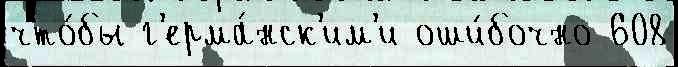
что́бы г'ерма́нск'им'и оши́бочно 608